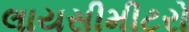
લાયસીમીટરો